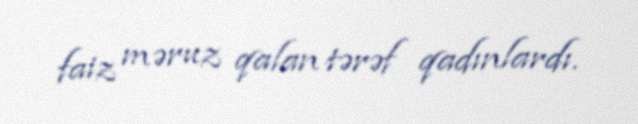
faiz məruz qalan tərəf qadınlardı.